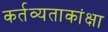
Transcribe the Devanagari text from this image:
कर्तव्यताकांक्षा